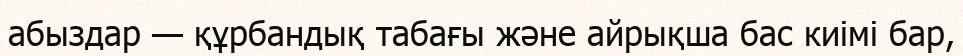
абыздар — құрбандық табағы және айрықша бас киімі бар,